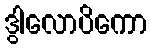
ဒွါလောပိကော